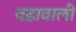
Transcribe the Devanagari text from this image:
वडावाली